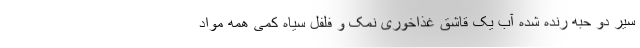
سیر دو حبه رنده شده آب یک قاشق غذاخوری نمک و فلفل سیاه کمی همه مواد